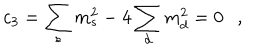
c _ { 3 } = \sum _ { s } m _ { s } ^ { 2 } - 4 \sum _ { d } m _ { d } ^ { 2 } = 0 ,